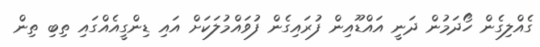
ގެއްލިގެން ހޯދަމުން ދަނީ އައްޑޫއިން ފުރައިގެން ފުވައްމުލަކަށް އައި ޑިންގީއެއްގައި ތިބި ތިން